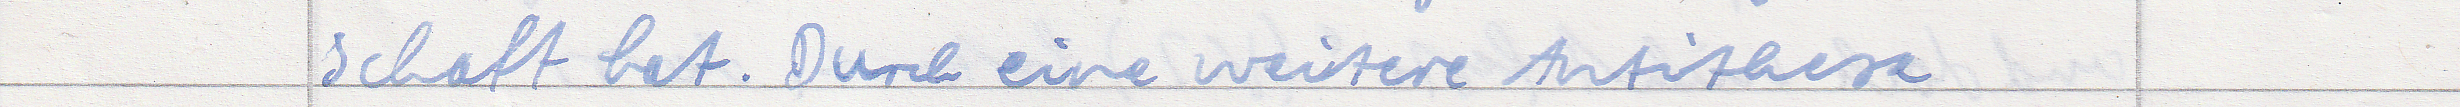
schaft hat. Durch eine weitere Antithese